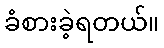
ခံစားခဲ့ရတယ်။